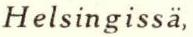
Helsingissä,